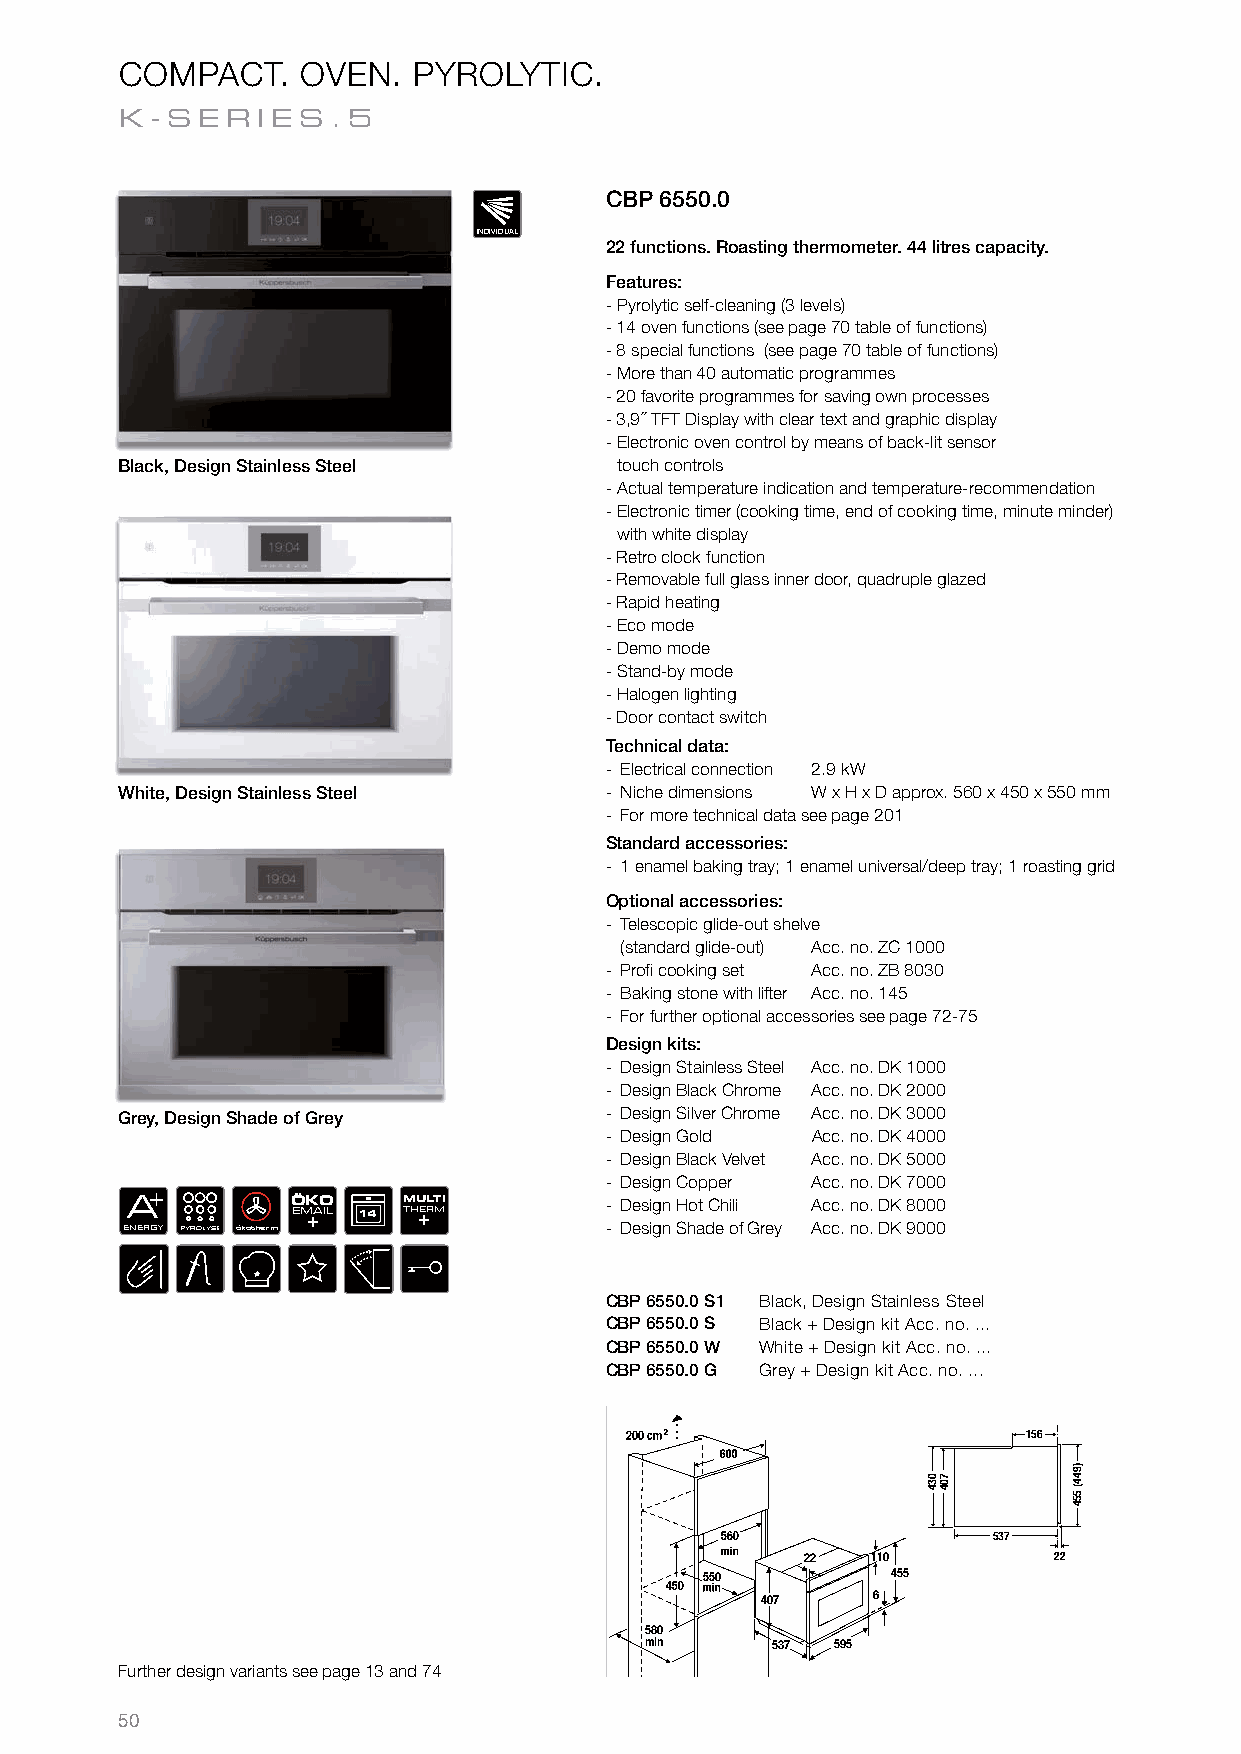
COMPACT.    OVEN.  PYROLYTIC.
 K-S  ER  IES  .5
 CBP 6550.0
 INDIVIDUAL
 22 functions. Roasting thermometer. 44 litres capacity.
 Features:
 - Pyrolytic self-cleaning (3 levels)
 - 14 oven functions (see page 70 table of functions)
 - 8 special functions (see page 70 table of functions)
 - More than 40 automatic programmes
 - 20 favorite programmes for saving own processes
 - 3,9´´ TFT Display with clear text and graphic display
 - Electronic oven control by means of back-lit sensor
 Black, Design Stainless Steel    touch controls
 - Actual temperature indication and temperature-recommendation
 - Electronic timer (cooking time, end of cooking time, minute minder)
 with white display
 - Retro clock function
 - Removable full glass inner door, quadruple glazed
 - Rapid heating
 - Eco mode
 - Demo mode
 - Stand-by mode
 - Halogen lighting
 - Door contact switch
 Technical data:
 - Electrical connection 2.9 kW
 White, Design Stainless Steel   - Niche dimensions W x H x D approx. 560 x 450 x 550 mm
 - For more technical data see page 201
 Standard accessories:
 - 1 enamel baking tray; 1 enamel universal/deep tray; 1 roasting grid
 Optional accessories:
 - Telescopic glide-out shelve
 (standard glide-out) Acc. no. ZC 1000
 - Profi cooking set Acc. no. ZB 8030
 - Baking stone with lifter Acc. no. 145
 - For further optional accessories see page 72-75
 Design kits:
 - Design Stainless Steel Acc. no. DK 1000
 - Design Black Chrome Acc. no. DK 2000
 Grey, Design Shade of Grey      - Design Silver Chrome Acc. no. DK 3000
 - Design Gold Acc. no. DK 4000
 - Design Black Velvet Acc. no. DK 5000
 - Design Copper Acc. no. DK 7000
 +
 A          ÖKO     MULTI        - Design Hot Chili Acc. no. DK 8000
 ENERGY PYROLYSE ökotherm
 EM +AIL 14 TH+ERM
 - Design Shade of Grey Acc. no. DK 9000
 CBP 6550.0 S1 Black, Design Stainless Steel
 CBP 6550.0 S Black + Design kit Acc. no. ...
 CBP 6550.0 W White + Design kit Acc. no. ...
 CBP 6550.0 G Grey + Design kit Acc. no. ...
 156
 537
 22   110         22
 455
 407     6
 580
 min     537 595
 Further design variants see page 13 and 74
 50
 034 704
 )944(
 554